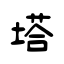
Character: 塔